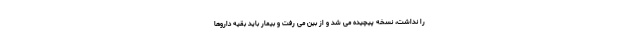
را نداشت، نسخه پیچیده می شد و از بین می رفت و بیمار باید بقیه داروها